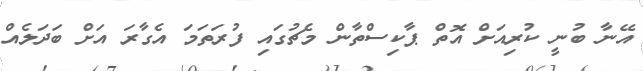
އޭނާ ބުނީ ކުރިއަށް އޮތް ޕާކިސްތާން މެޗުގައި ފުރަތަމަ އެގާރަ އަށް ބަދަލެއް